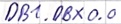
Text: DB1.DBX0.0